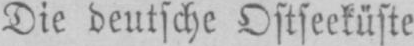
Die deutsche Ostseeküste